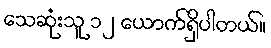
သေဆုံးသူ ၁၂ ယောက်ရှိပါတယ်။